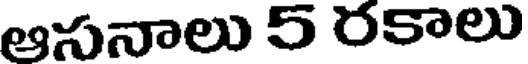
ఆసనాలు 5 రకాలు